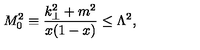
M _ { 0 } ^ { 2 } \equiv \frac { k _ { \perp } ^ { 2 } + m ^ { 2 } } { x ( 1 - x ) } \le \Lambda ^ { 2 } ,